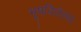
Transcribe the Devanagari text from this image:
भूषविलेल्‍या